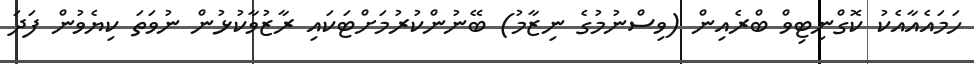
ހަމައެއާއެކު ކޮގްނިޓިވް ބްރެއިން (ވިސްނުމުގެ ނިޒާމު) ބޭނުންކުރުމަށްޓަކައި ރާޒުވާކުޅުން ނުވަތަ ކިޔެވުން ފަދަ